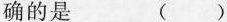
确的是 ()